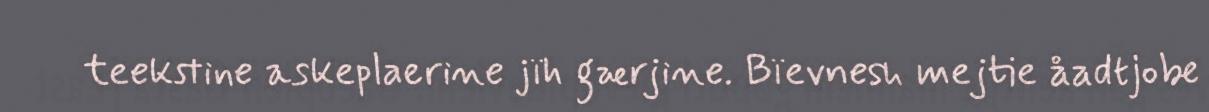
teekstine askeplaerine jïh gærjine. Bïevnesh mejtie åadtjobe